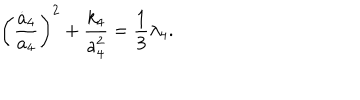
\biggl ( \frac { { \dot { a } } _ { 4 } } { a _ { 4 } } \biggr ) ^ { 2 } + \frac { k _ { 4 } } { a _ { 4 } ^ { 2 } } = \frac { 1 } { 3 } \lambda _ { 4 } .